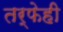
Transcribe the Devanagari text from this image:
तर्फेही